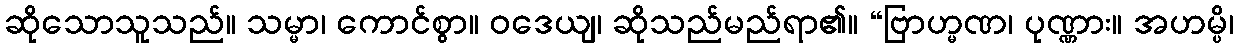
ဆိုသောသူသည်။ သမ္မာ၊ ကောင်စွာ။ ဝဒေယျ၊ ဆိုသည်မည်ရာ၏။ “ဗြာဟ္မဏ၊ ပုဏ္ဏား။ အဟမ္ပိ၊